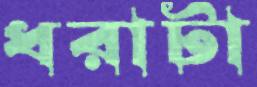
ধরাটা